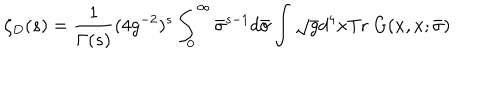
\zeta _ { D } ( s ) = \frac { 1 } { \Gamma ( s ) } ( 4 g ^ { - 2 } ) ^ { s } \int _ { 0 } ^ { \infty } \bar { \sigma } ^ { s - 1 } d \bar { \sigma } \int \sqrt { g } d ^ { 4 } x \mathrm { T r } ~ G ( x , x ; \bar { \sigma } )